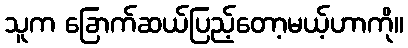
သူက ခြောက်ဆယ်ပြည့်တော့မယ့်ဟာကို။